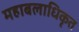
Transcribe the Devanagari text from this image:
महाबलाधिकृत